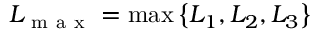
L _ { \mathrm { ~ m ~ a ~ x ~ } } = \operatorname* { m a x } \left\{ L _ { 1 } , L _ { 2 } , L _ { 3 } \right\}